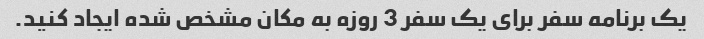
یک برنامه سفر برای یک سفر 3 روزه به مکان مشخص شده ایجاد کنید.